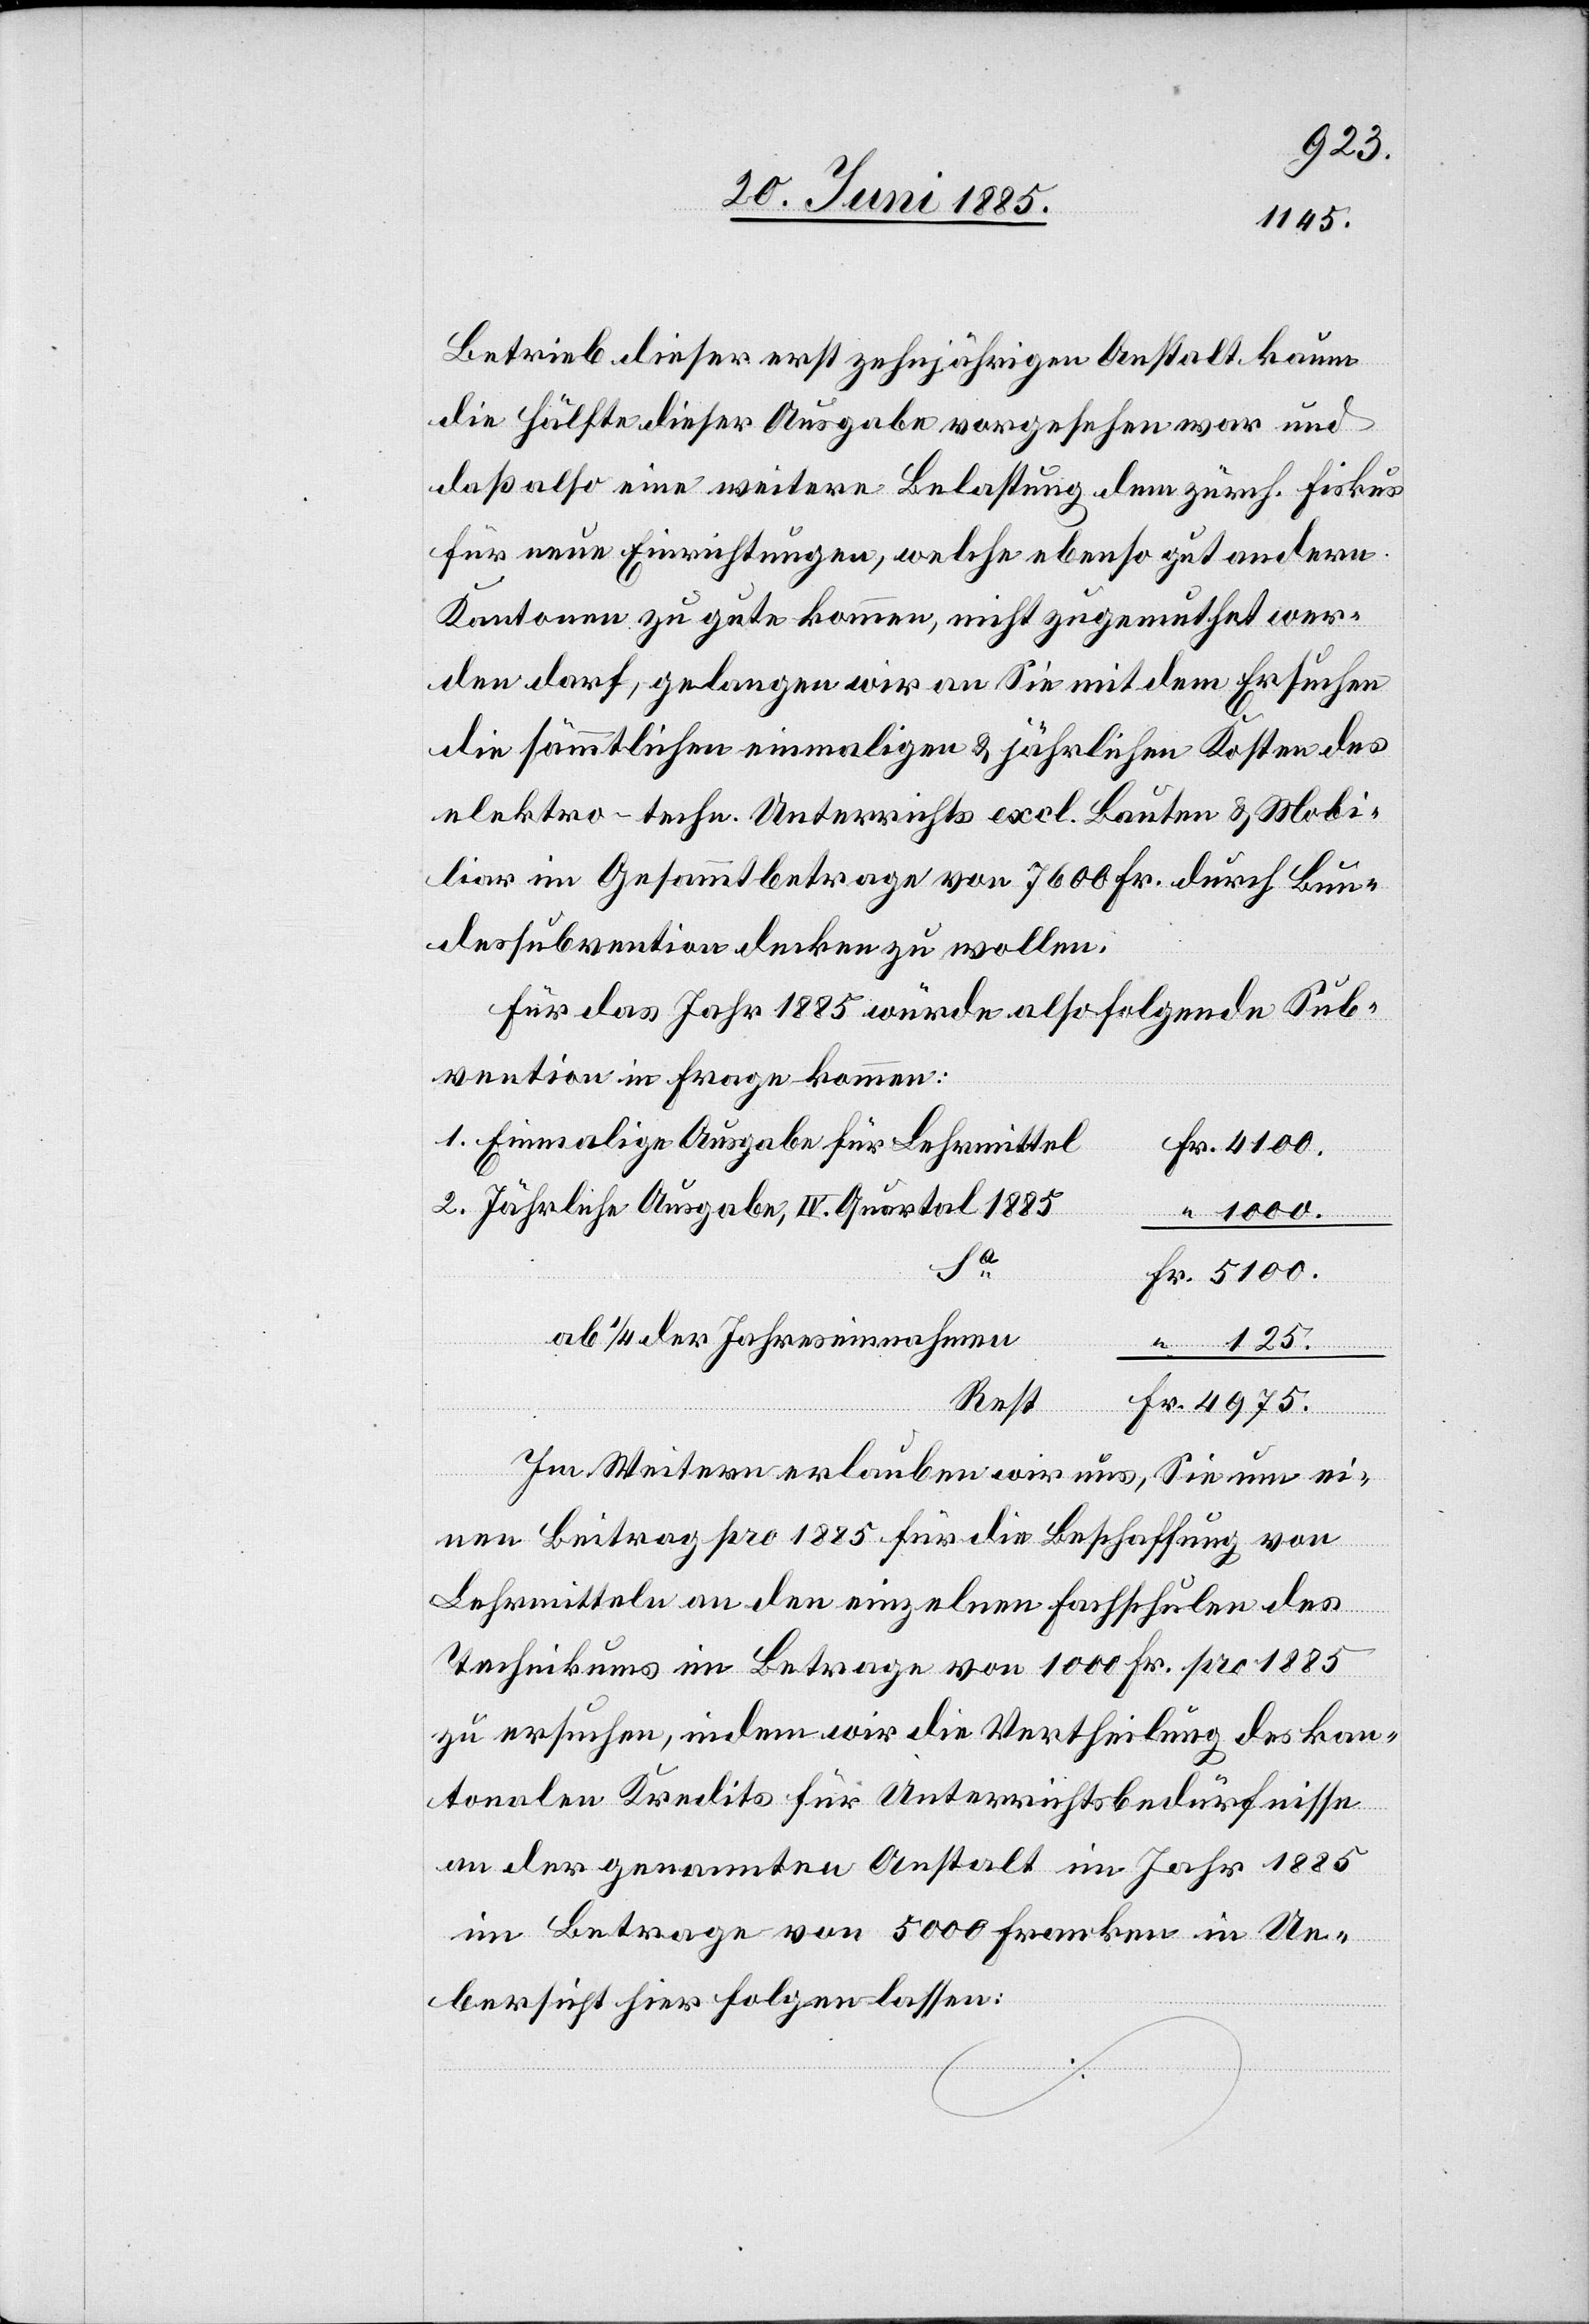
Betrieb dieser erst zehnjährigen Anstalt kaum
die Hälfte dieser Ausgabe vorgesehen war und
daß also eine weitere Belassung dem zürch. Fiskus
für neue Einrichtungen, welche ebenso gut andern
Kantonen zu gute kommen, nicht zugemuthet wer¬
den darf, gelangen wir an Sie mit dem Ersuchen
die sämmtlichen einmaligen & jährlichen Kosten des
elektro-techn. Unterrichts excl. Bauten & Mobi¬
liar im Gesammtbetrage von 7600 Fr. durch Bun¬
dessubvention decken zu wollen.
Für das Jahr 1885 würde also folgende Sub¬
vention in Frage kommen:
Einmalige Ausgaben für Lehrmittel
Jährliche Ausgabe, IV. Quartal 1885
1000.
125.
ab 1/4 der Jahreseinnahmen
Rest
Fr.
Im Weitern erlauben wir uns, Sie um ei¬
nen Beitrag pro 1885 für die Beschaffung von
2.
Lehrmitteln an den einzelnen Fachschulen des
“
Technikums im Betrage von 100 Fr. pro 1885
zu ersuchen, indem wir die Vertheilung des kan¬
tonalen Kredits für Unterrichtsbedürfnisse
an der genannten Anstalt im Jahr 1885
im Betrage von 5000 Franken in Ue¬
bersicht hier folgen lassen: